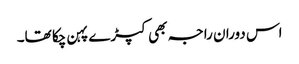
اس دوران راجہ بھی کپڑے پہن چکا تھا۔